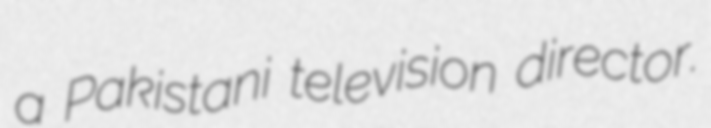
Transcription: a Pakistani television director.